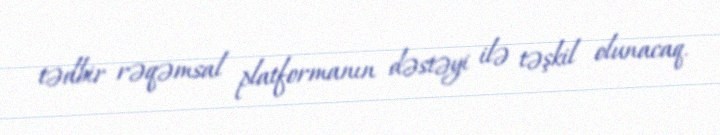
tədbir rəqəmsal platformanın dəstəyi ilə təşkil olunacaq.